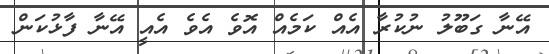
އޭނާ ގަބޫލު ނުކުރާ އެއް ކަމެއް އޮވެ އެވެ އެއީ އޭނާ ފާޅުކަން